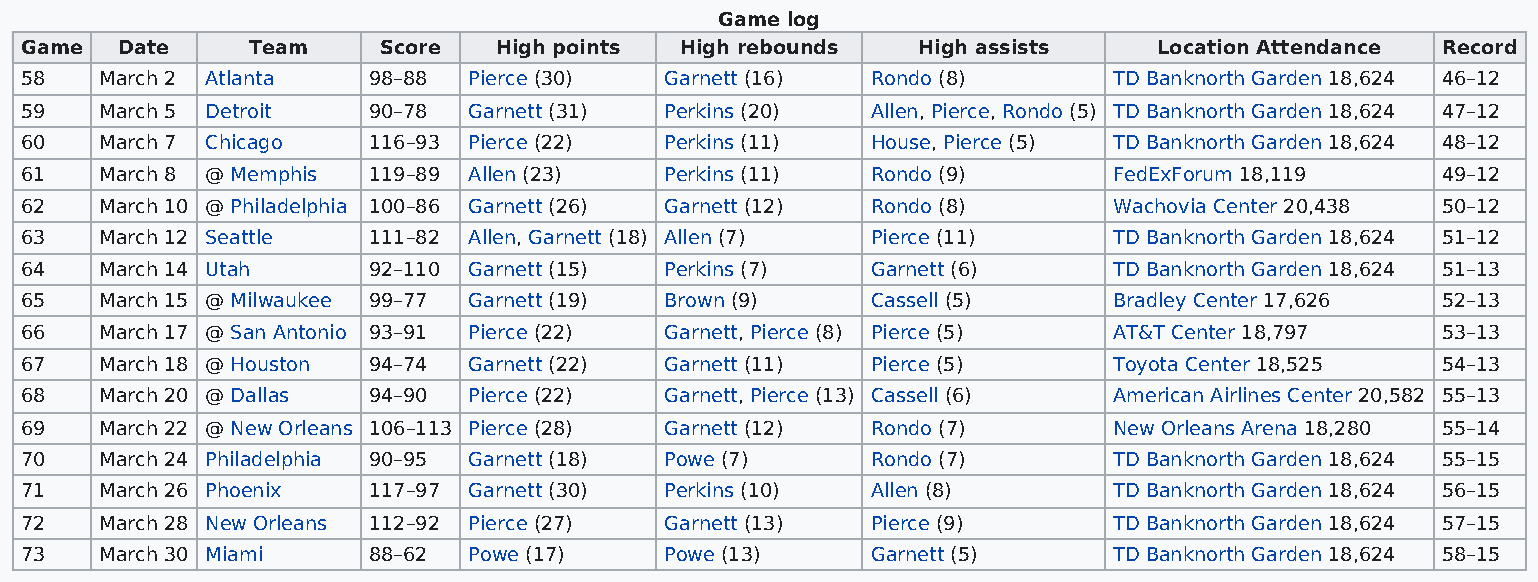
Game log
 Game   Date    Team     Score   High points High rebounds   High assists    Location Attendance Record
 58    March 2 Atlanta  98–88  Pierce (30)  Garnett (16)  Rondo (8)       TD Banknorth Garden 18,624 46–12
 59    March 5 Detroit  90–78  Garnett (31) Perkins (20)  Allen, Pierce, Rondo (5) TD Banknorth Garden 18,624 47–12
 60    March 7 Chicago  116–93 Pierce (22)  Perkins (11)  House, Pierce (5) TD Banknorth Garden 18,624 48–12
 61    March 8 @ Memphis 119–89 Allen (23)  Perkins (11)  Rondo (9)       FedExForum 18,119    49–12
 62    March 10 @ Philadelphia 100–86 Garnett (26) Garnett (12) Rondo (8) Wachovia Center 20,438 50–12
 63    March 12 Seattle 111–82 Allen, Garnett (18) Allen (7) Pierce (11)  TD Banknorth Garden 18,624 51–12
 64    March 14 Utah    92–110 Garnett (15) Perkins (7)   Garnett (6)     TD Banknorth Garden 18,624 51–13
 65    March 15 @ Milwaukee 99–77 Garnett (19) Brown (9)  Cassell (5)     Bradley Center 17,626 52–13
 66    March 17 @ San Antonio 93–91 Pierce (22) Garnett, Pierce (8) Pierce (5) AT&T Center 18,797 53–13
 67    March 18 @ Houston 94–74 Garnett (22) Garnett (11) Pierce (5)      Toyota Center 18,525 54–13
 68    March 20 @ Dallas 94–90 Pierce (22)  Garnett, Pierce (13) Cassell (6) American Airlines Center 20,582 55–13
 69    March 22 @ New Orleans 106–113 Pierce (28) Garnett (12) Rondo (7)  New Orleans Arena 18,280 55–14
 70    March 24 Philadelphia 90–95 Garnett (18) Powe (7)  Rondo (7)       TD Banknorth Garden 18,624 55–15
 71    March 26 Phoenix 117–97 Garnett (30) Perkins (10)  Allen (8)       TD Banknorth Garden 18,624 56–15
 72    March 28 New Orleans 112–92 Pierce (27) Garnett (13) Pierce (9)    TD Banknorth Garden 18,624 57–15
 73    March 30 Miami   88–62  Powe (17)    Powe (13)     Garnett (5)     TD Banknorth Garden 18,624 58–15